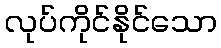
လုပ်ကိုင်နိုင်သော